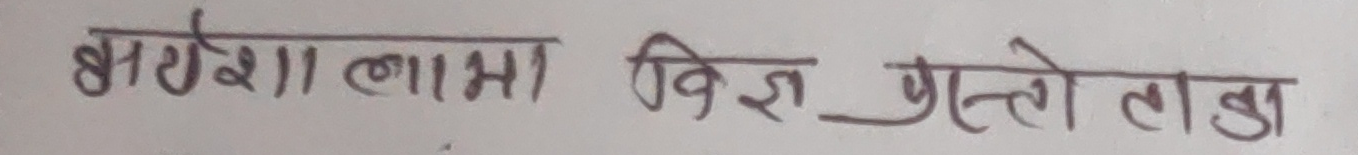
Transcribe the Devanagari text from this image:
कर्ष लामा विशेष पुर्तो लाडा